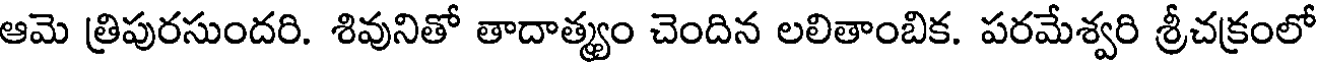
ఆమె త్రిపురసుందరి. శివునితో తాదాత్మ్యం చెందిన లలితాంబిక. పరమేశ్వరి శ్రీచక్రంలో